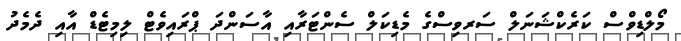
މޯލްޑިވްސް ކަރެކްޝަނަލް ސަރވިސްގެ މެޑިކަލް ސެންޓަރާއި އާސަންދަ ޕްރައިވެޓް ލިމިޓެޑް އާއި ދެމެދު